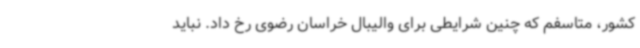
کشور، متاسفم که چنین شرایطی برای والیبال خراسان رضوی رخ داد. نباید